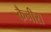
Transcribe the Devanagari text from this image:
कैनीस